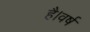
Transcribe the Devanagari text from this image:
है।वर्ष